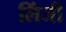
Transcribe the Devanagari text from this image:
लिंजी